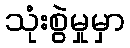
သုံးစွဲမှုမှာ